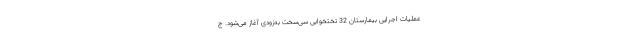
عملیات اجرایی بیمارستان 32 تختخوابی سی‌سخت به‌زودی آغاز می‌شود. ج